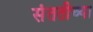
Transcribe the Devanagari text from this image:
संततीच्या